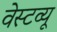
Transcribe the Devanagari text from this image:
वेस्टव्यू